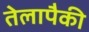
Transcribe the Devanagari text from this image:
तेलापैकी